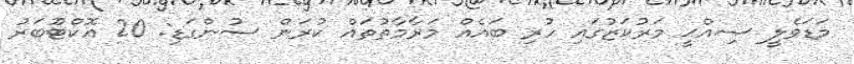
މަޑަވެލީ ޞިއްޙީ މަރުކަޒުގައި ހުރި ބައެއް މަރާމާތުތައް ކުރަން ސުންގަޑި: 20 އޮކްޓޫބަރު